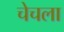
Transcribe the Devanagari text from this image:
चेचला